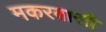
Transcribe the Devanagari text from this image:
मकरवासी